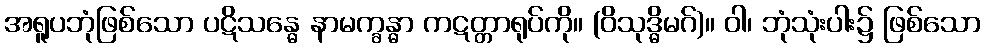
အရူပဘုံဖြစ်သော ပဋိသန္ဓေ နာမက္ခန္ဓာ ကဋတ္တာရုပ်ကို။ (ဝိသုဒ္ဓိမဂ်)။ ဝါ၊ ဘုံသုံးပါး၌ ဖြစ်သော